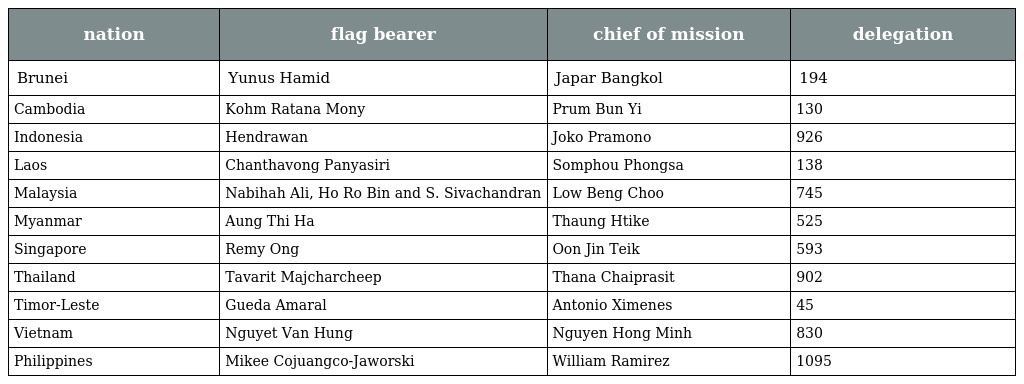
| nation | flag bearer | chief of mission | delegation |
 | --- | --- | --- | --- |
 | Brunei | Yunus Hamid | Japar Bangkol | 194 |
 | Cambodia | Kohm Ratana Mony | Prum Bun Yi | 130 |
 | Indonesia | Hendrawan | Joko Pramono | 926 |
 | Laos | Chanthavong Panyasiri | Somphou Phongsa | 138 |
 | Malaysia | Nabihah Ali, Ho Ro Bin and S. Sivachandran | Low Beng Choo | 745 |
 | Myanmar | Aung Thi Ha | Thaung Htike | 525 |
 | Singapore | Remy Ong | Oon Jin Teik | 593 |
 | Thailand | Tavarit Majcharcheep | Thana Chaiprasit | 902 |
 | Timor-Leste | Gueda Amaral | Antonio Ximenes | 45 |
 | Vietnam | Nguyet Van Hung | Nguyen Hong Minh | 830 |
 | Philippines | Mikee Cojuangco-Jaworski | William Ramirez | 1095 |